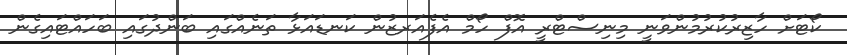
ކޯޓަށް ހާޒިރުކުރުމުންވަނީ މިނިސްޓްރީ އޮފް ހޯމް އެފެއަރޒުން ކަނޑައަޅާ ތަނެއްގައި ބަންދުގައި ބަހައްޓައިގެން